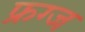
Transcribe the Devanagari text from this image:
फ्रग्ज